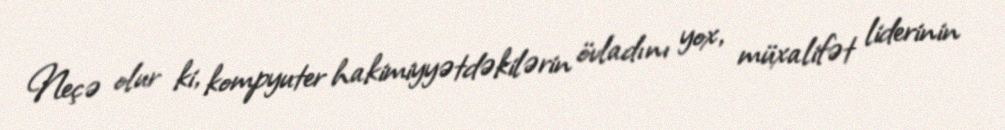
Neçə olur ki, kompyuter hakimiyyətdəkilərin övladını yox, müxalifət liderinin